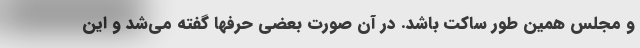
و مجلس همین طور ساکت باشد. در آن صورت بعضی حرفها گفته می‌شد و این